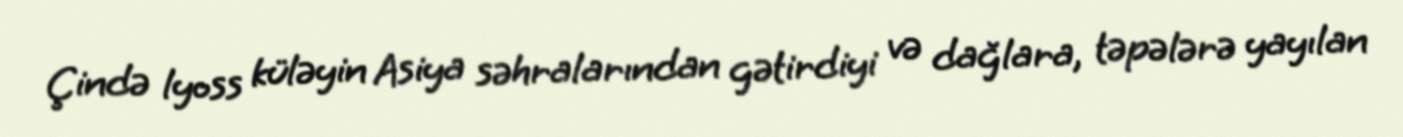
Çində lyoss küləyin Asiya səhralarından gətirdiyi və dağlara, təpələrə yayılan